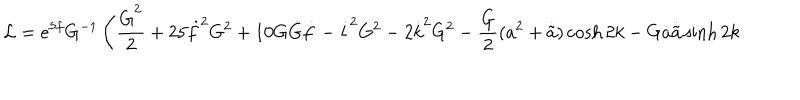
\mathcal { L } = e ^ { 5 f } G ^ { - 1 } \left( \frac { \dot { G } ^ { 2 } } { 2 } + 2 5 \dot { f } ^ { 2 } G ^ { 2 } + 1 0 G \dot { G } \dot { f } - \dot { l } ^ { 2 } G ^ { 2 } - 2 \dot { k } ^ { 2 } G ^ { 2 } - \frac { G } { 2 } ( \dot { a } ^ { 2 } + \dot { \tilde { a } } ) \cosh 2 k - G \dot { a } \dot { \tilde { a } } \sinh 2 k \right.